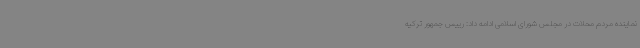
نماینده مردم محلات در مجلس شورای اسلامی ادامه داد: رییس جمهور ترکیه